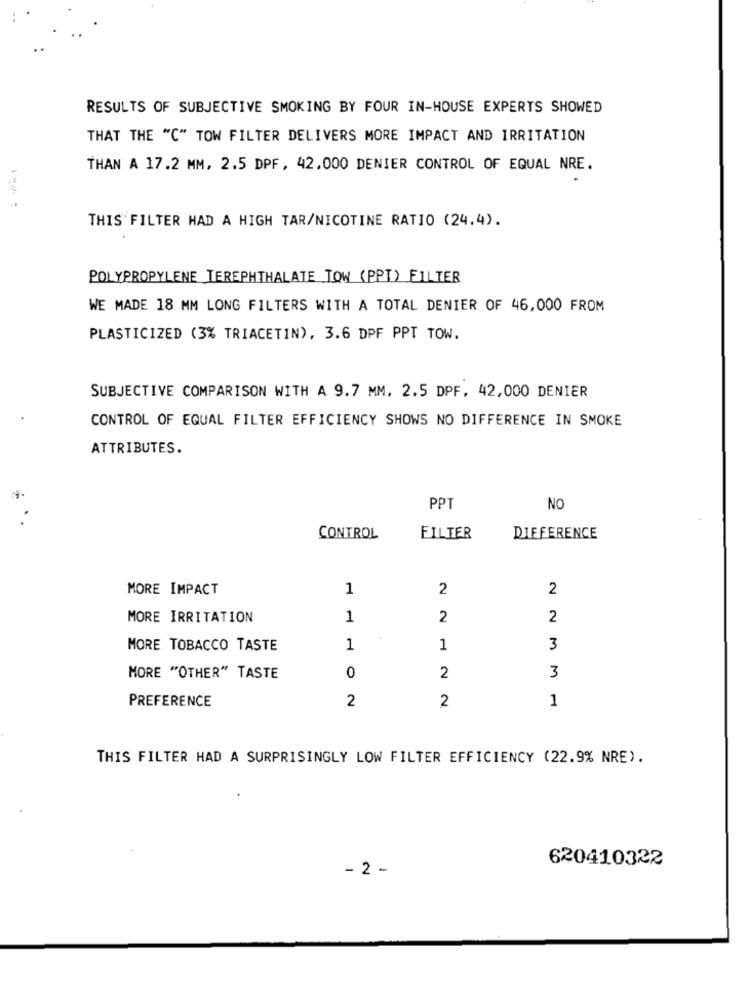
RESULTS OF SUBJECTIVE SMOKING BY FOUR IN-HOUSE EXPERTS SHOWED
THAT THE "C" TOW FILTER DELIVERS MORE IMPACT AND IRRITATION
THAN A 17.2 MM, 2.5 DPF, 42.000 DENIER CONTROL OF EQUAL NRE.
THIS FILTER HAD A HIGH TAR/NICOTINE RATIO (24.4).
POLYPROPYLENE TEREPHTHALATE TOW (PPT) FILTER
WE MADE 18 MM LONG FILTERS WITH A TOTAL DENIER OF 46,000 FROM
PLASTICIZED (3% TRIACETIN), 3.6 DPF PPT TOW.
SUBJECTIVE COMPARISON WITH A 9.7 MM. 2.5 DPF. 42,000 DENIER
CONTROL OF EQUAL FILTER EFFICIENCY SHOWS NO DIFFERENCE IN SMOKE
ATTRIBUTES.
PPT
NO
CONTROL
FILTER
DIFFERENCE
MORE IMPACT
1
2
2
MORE IRRITATION
1
2
2
MORE TOBACCO TASTE
1
1
3
3
MORE "OTHER" TASTE
0
2
PREFERENCE
2
2
1
THIS FILTER HAD A SURPRISINGLY LOW FILTER EFFICIENCY (22.9% NRE).
620410322
- 2 -